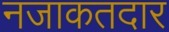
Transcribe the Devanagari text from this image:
नजाकतदार